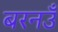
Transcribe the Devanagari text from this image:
बरनउँ